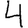
Digit: 4